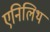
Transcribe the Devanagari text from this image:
एनिलिथ